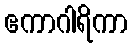
ဧကာဂါရိကာ